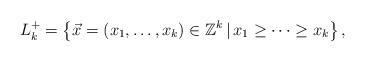
LaTeX: \begin{align*}L_{k}^{+}=\left\{ \vec{x}=(x_{1}, \ldots , x_{k}) \in \mathbb{Z}^{k} \, | \, x_{1} \ge \cdots \ge x_{k}\right\}, \end{align*}